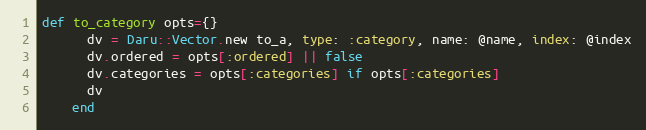
Language: Ruby
def to_category opts={}
      dv = Daru::Vector.new to_a, type: :category, name: @name, index: @index
      dv.ordered = opts[:ordered] || false
      dv.categories = opts[:categories] if opts[:categories]
      dv
    end